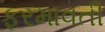
ફરમાવતી